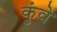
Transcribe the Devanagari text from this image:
कुंवे